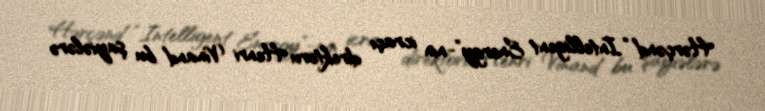
Hərçənd “Intelligent Energy”-nin icraçı direktoru Henri Vinand bu şayiələrə